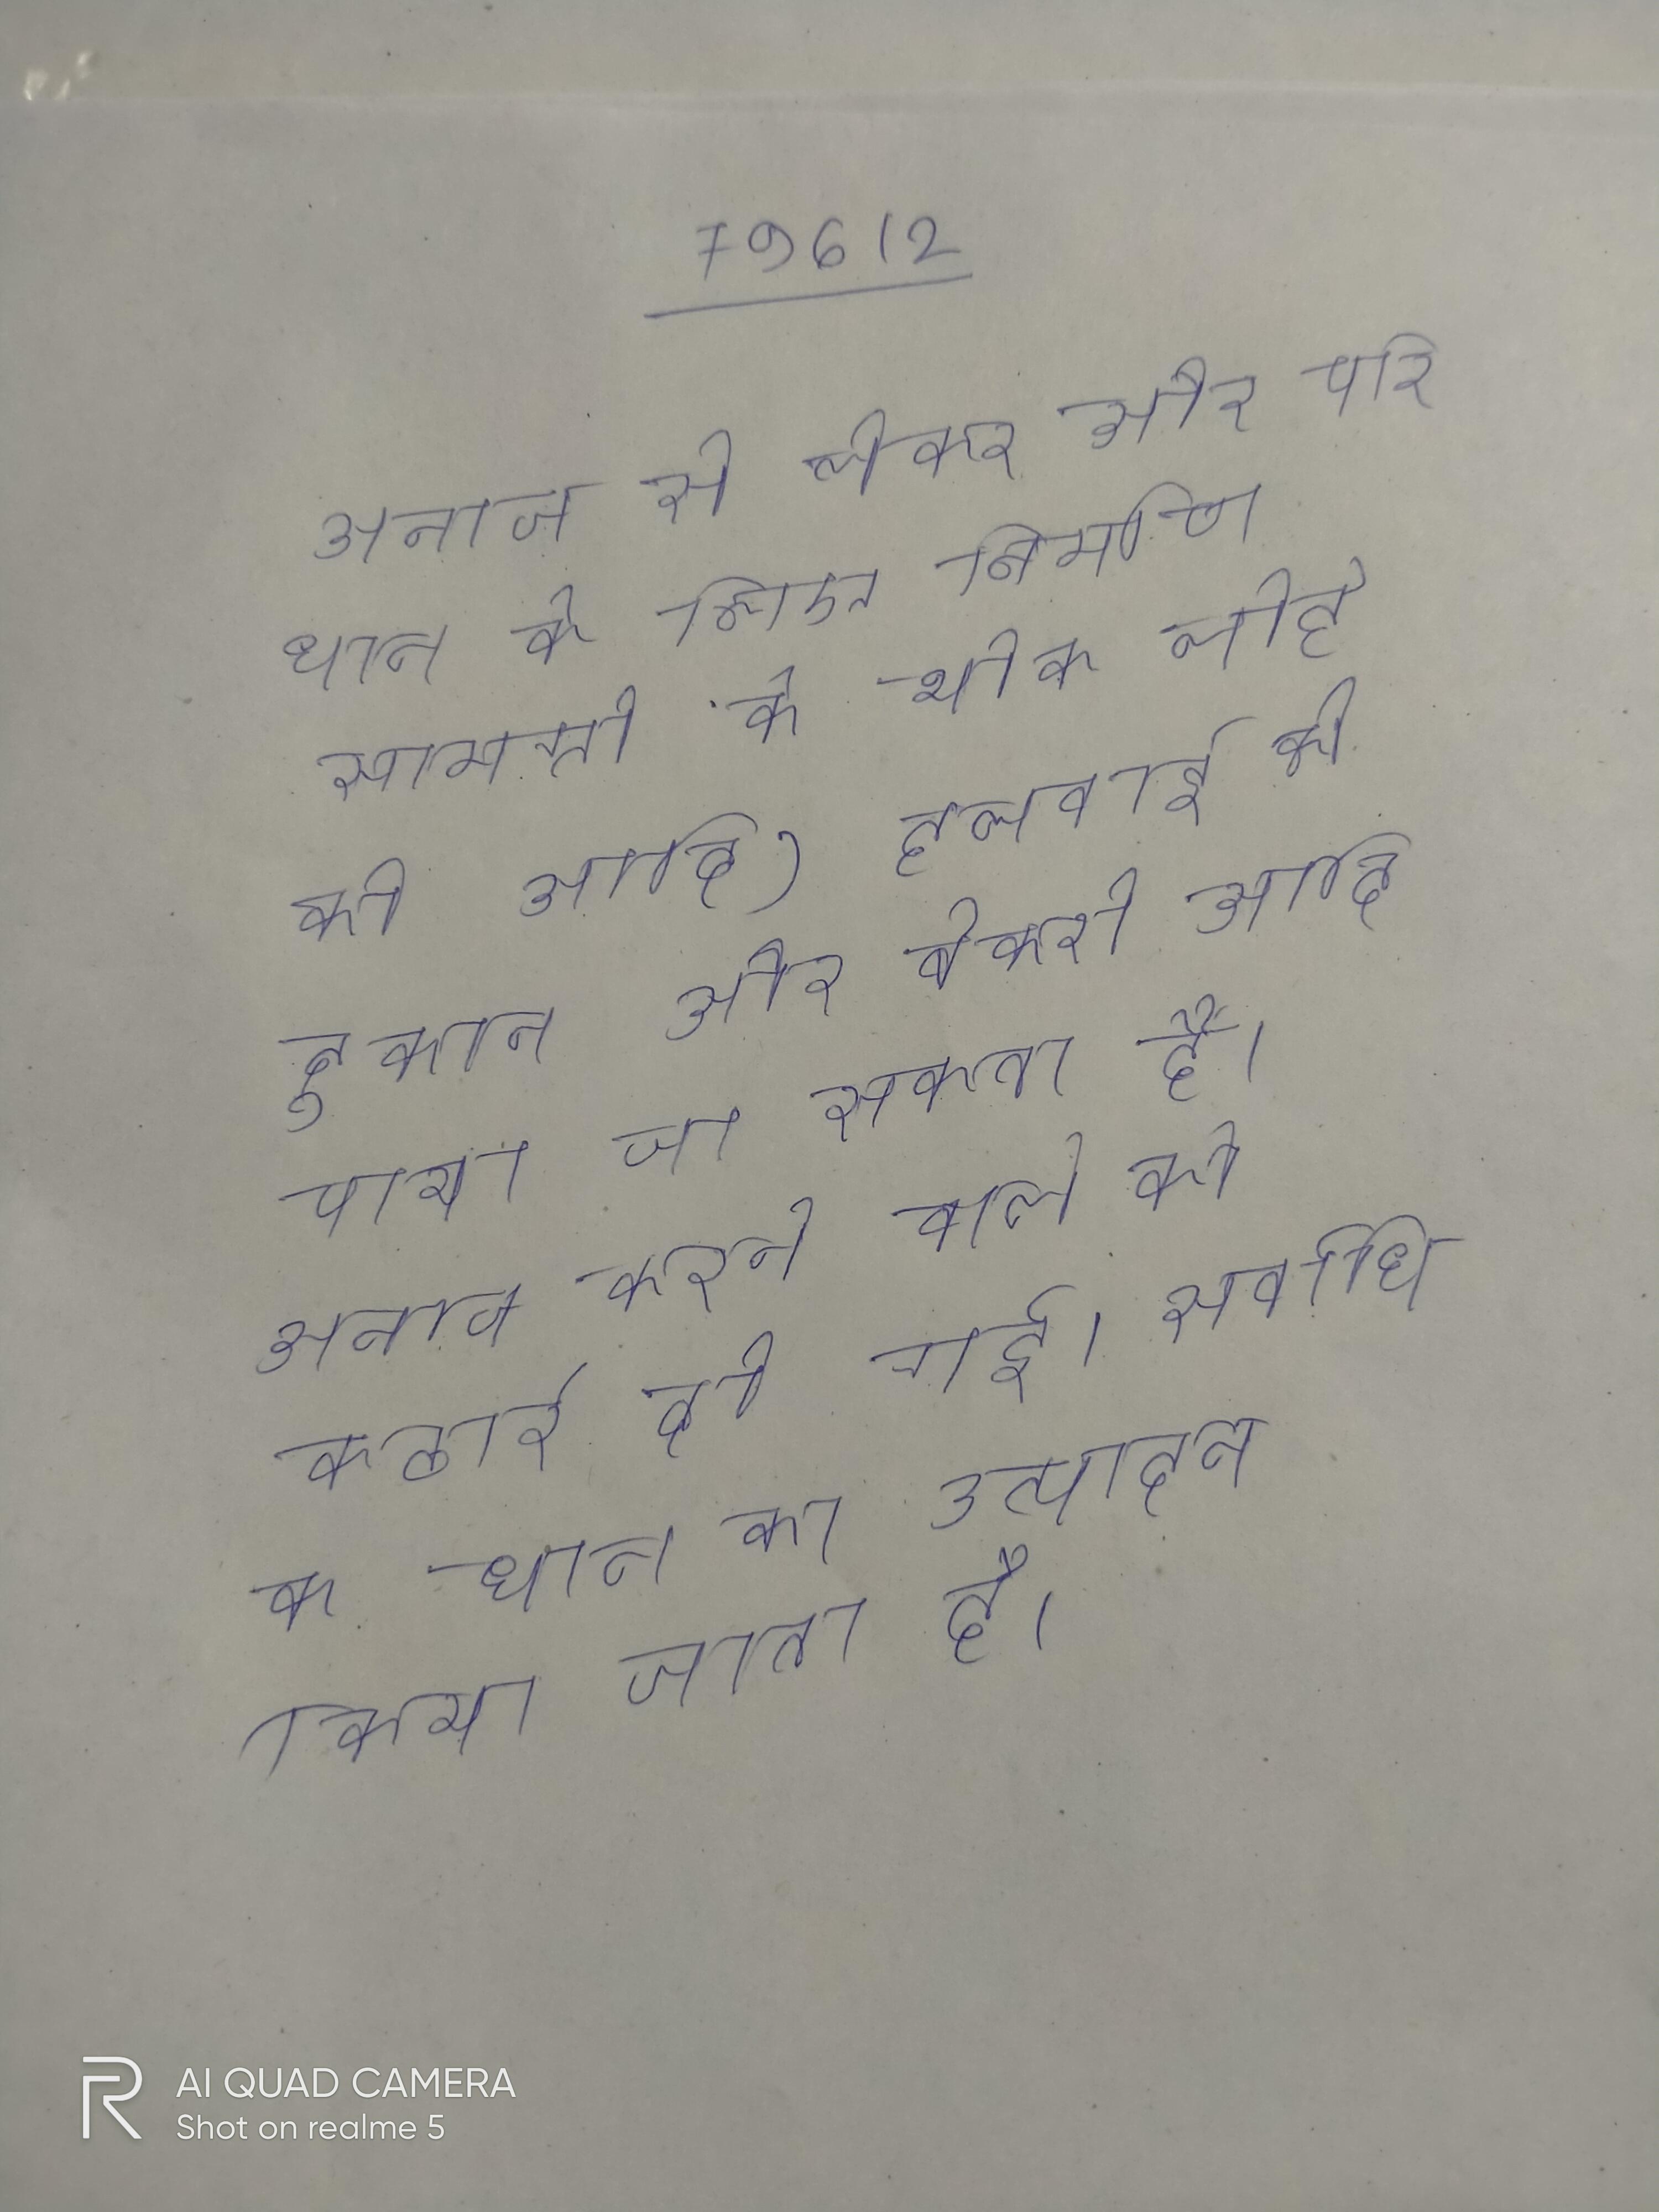
अनाज से लेकर और परिधान के लिए निर्माण सामग्री के थोक लोहे की आदि) हलवाई की दुकान और बेकरी आदि पाया जा सकता है । अनाज करने वाले को कठारे दी गई । सर्वाधिक धान का उत्पादन किया जाता है ।